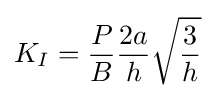
K_{I}={\frac {P}{B}}{\frac {2a}{h}}{\sqrt {\frac {3}{h}}}